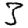
Digit: 3